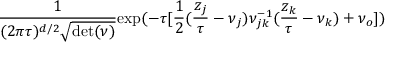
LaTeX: { \frac { 1 } { ( 2 \pi \tau ) ^ { d / 2 } \sqrt { \mathrm { d e t } ( \nu ) } } } \mathrm { e x p } ( - \tau [ { \frac { 1 } { 2 } } ( { \frac { z _ { j } } { \tau } } - \nu _ { j } ) \nu _ { j k } ^ { - 1 } ( { \frac { z _ { k } } { \tau } } - \nu _ { k } ) + \nu _ { o } ] )